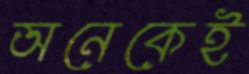
অনেকেই